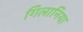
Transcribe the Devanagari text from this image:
गिलानिया